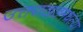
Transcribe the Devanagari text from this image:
उत्तराखंडमधल्या